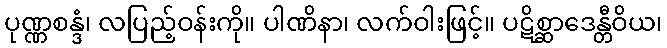
ပုဏ္ဏစန္ဒံ၊ လပြည့်ဝန်းကို။ ပါဏိနာ၊ လက်ဝါးဖြင့်။ ပဋိစ္ဆာဒေန္တီဝိယ၊